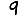
Digit: 9